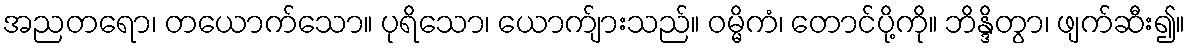
အညတရော၊ တယောက်သော။ ပုရိသော၊ ယောက်ျားသည်။ ဝမ္မိကံ၊ တောင်ပို့ကို။ ဘိန္ဒိတွာ၊ ဖျက်ဆီး၍။